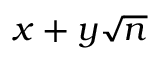
x + y { \sqrt { n } }